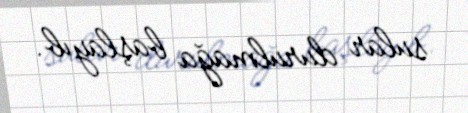
sular durulmağa başlayıb.